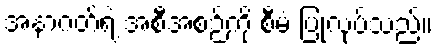
အနာဂတ်ရဲ့ အစီအစဉ်ကို စီမံ ပြုလုပ်သည်။